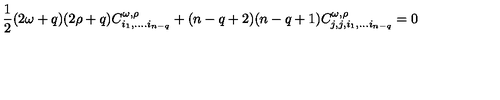
\frac 1 2 ( 2 \omega + q ) ( 2 \rho + q ) C _ { i _ { 1 } , . . . . i _ { n - q } } ^ { \omega , \rho } + ( n - q + 2 ) ( n - q + 1 ) C _ { j , j , i _ { 1 } , . . . i _ { n - q } } ^ { \omega , \rho } = 0